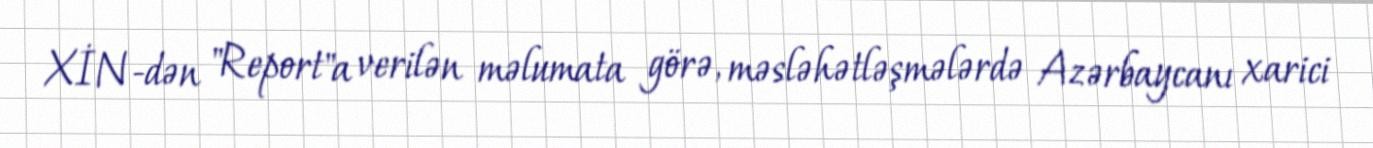
XİN-dən "Report"a verilən məlumata görə, məsləhətləşmələrdə Azərbaycanı xarici